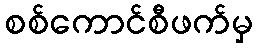
စစ်ကောင်စီဖက်မှ